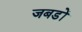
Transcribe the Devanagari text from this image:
जबडों